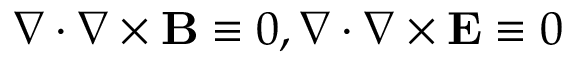
\nabla \cdot \nabla \times \mathbf { B } \equiv 0 , \nabla \cdot \nabla \times \mathbf { E } \equiv 0